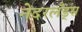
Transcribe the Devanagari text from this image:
नेदरलँड्‌स